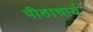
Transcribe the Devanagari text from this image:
पीठाचार्य